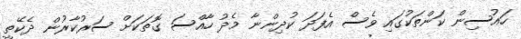
ހައުސިން ކަންތަކުގައި ވެސް އެފަދަ ކުދިންނާ މެދު ހާއްސަ ގޮތަކަށް ސަރުކާރުން ދެކޭތީ